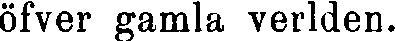
öfver gamla verlden.